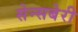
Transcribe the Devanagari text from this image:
सेन्सबेरी